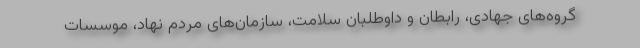
گروه‌های جهادی، رابطان و داوطلبان سلامت، سازمان‌های مردم نهاد، موسسات